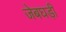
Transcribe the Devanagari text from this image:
जेबघड़ी